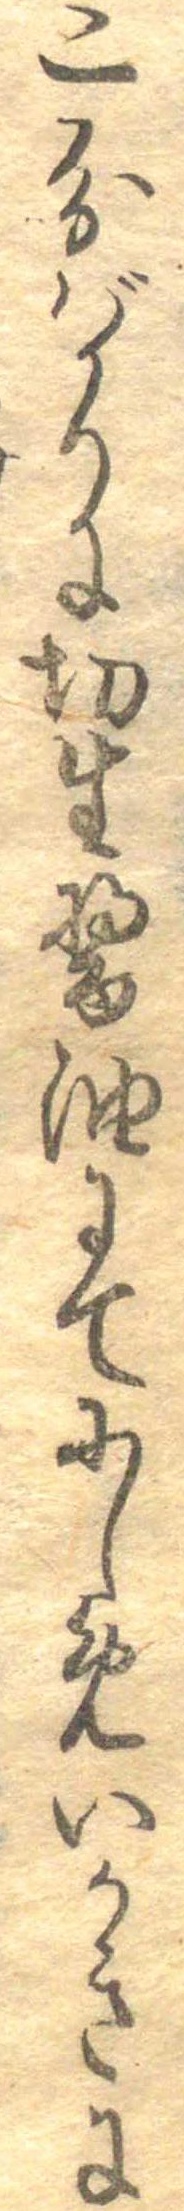
二分ばかりに切生醤油にてにしめいかきに